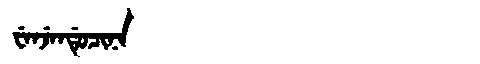
Manchu: ᠸᡝᠨᠵᡝᠨᡩᡠᠴᡳᠨᠠ
Romanization: WENJENDUCINA